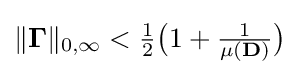
{\textstyle \|\mathbf {\Gamma } \|_{0,\infty }<{\frac {1}{2}}{\big (}1+{\frac {1}{\mu (\mathbf {D} )}}{\big )}}